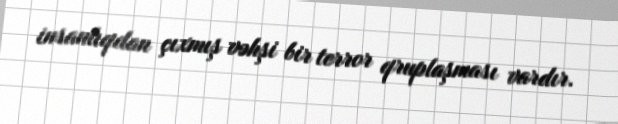
insanlıqdan çıxmış vəhşi bir terror qruplaşması vardır.